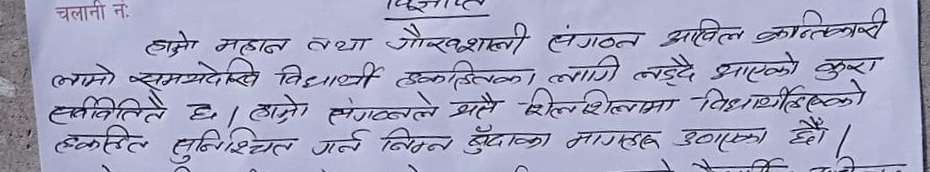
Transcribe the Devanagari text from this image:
चलानी नं:
विज्ञप्ति
हाम्रो महान तथा गौरवशाली संगठन अखिल क्रान्तिकारी
लामो समयदेखि विद्यार्थी हकहितका लागि लड्दै आएको कुरा
सर्वविदितै छ । हाम्रो संगठनले यसै शिलशिलामा विद्यार्थीहरूको
हकहित सुनिश्चित गर्न निम्न बुँदाका मागहरू उठाएका छौं।